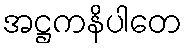
အဋ္ဌကနိပါတေ